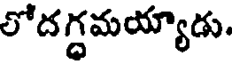
లోదగ్ధమయ్యాడు.